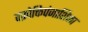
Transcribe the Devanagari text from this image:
वक्रोक्तिपंजाशिका